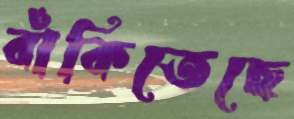
বাঁকিতেছে